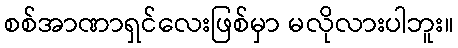
စစ်အာဏာရှင်လေးဖြစ်မှာ မလိုလားပါဘူး။